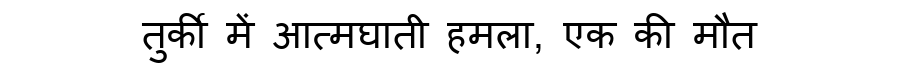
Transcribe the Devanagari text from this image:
तुर्की में आत्मघाती हमला, एक की मौत